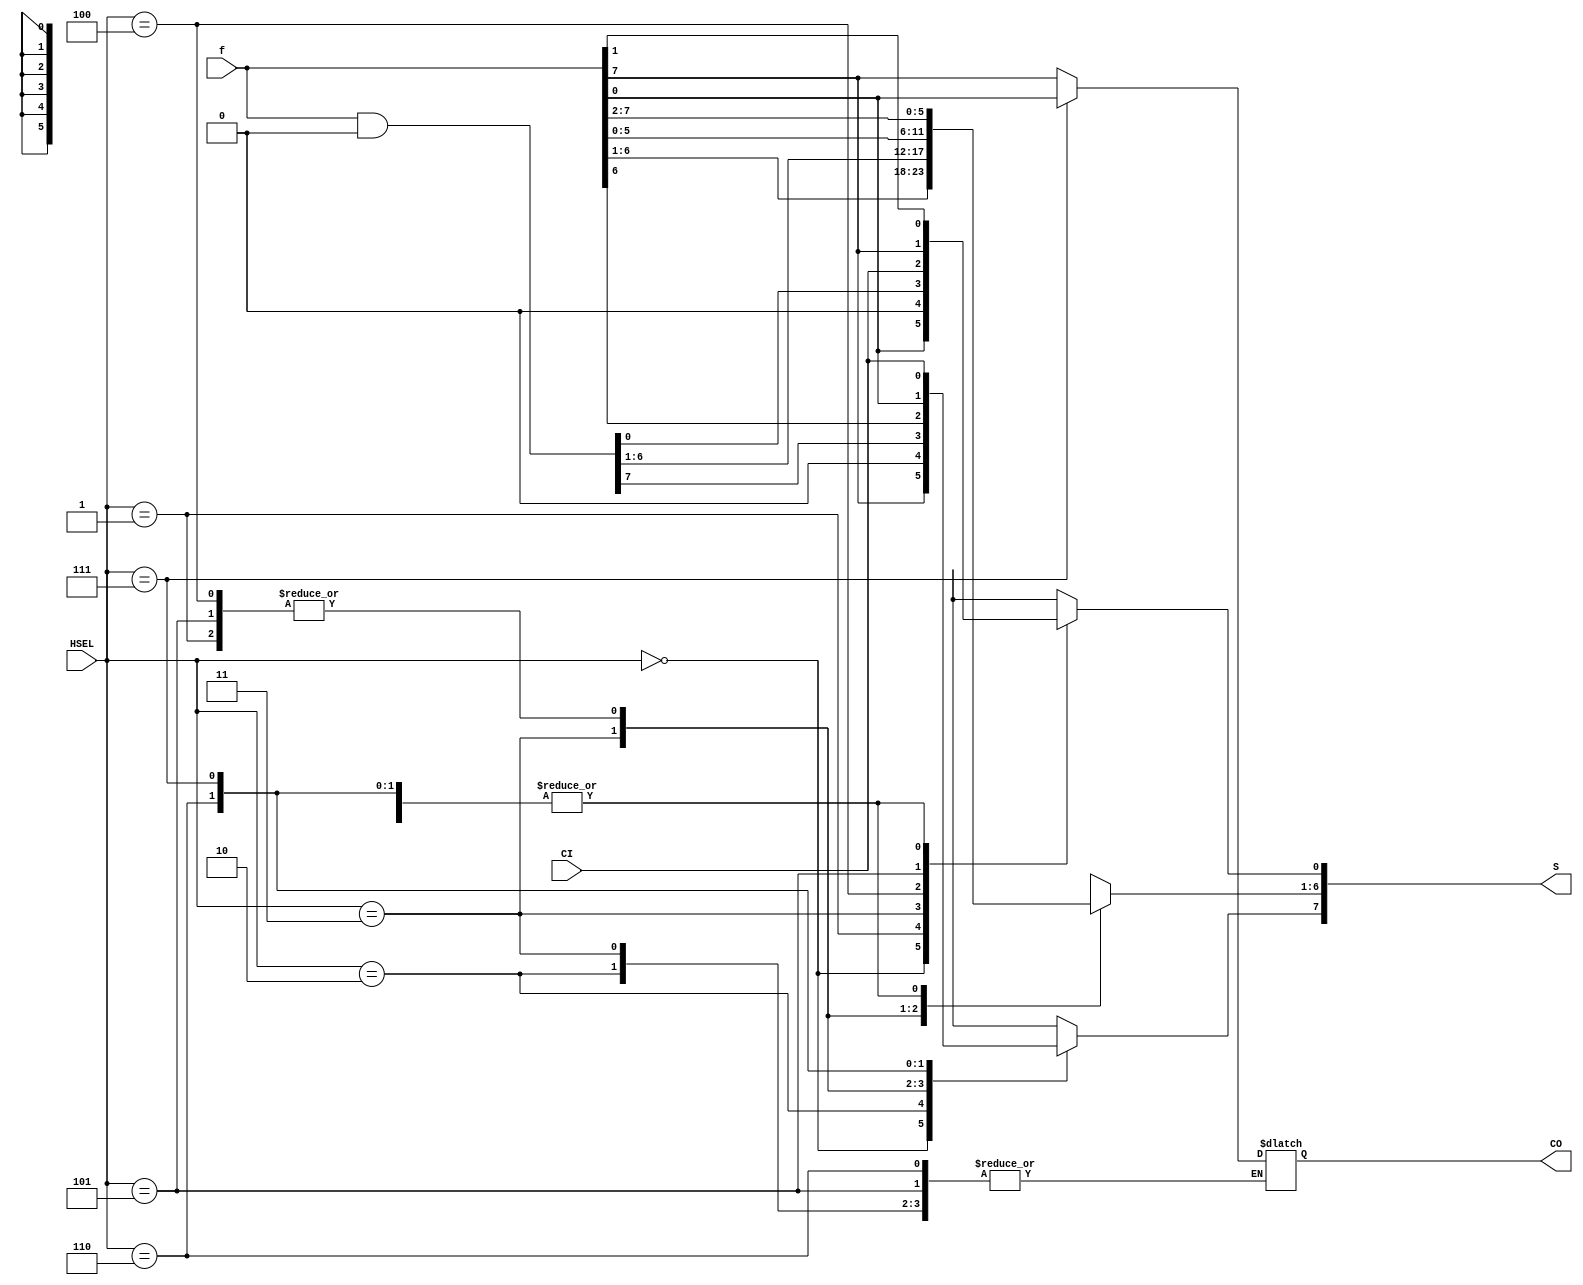
/*File          : SHIFTER.v 
--Group         : Group 8
--Programmers   : Mayur Hadole(7475783) & Rohit Bhardwaj (7639651)
--Version       : 1.0  (May 26 , 2017)
--Hardware used : Cyclone V (DE1 SoC)
--Software used : Quartus II 15 64 bit
--Description   : This program implements 8 bit SHIFTER on DE1 SoC board using Verilog

-- code is working and is tested on board
*/

module SHIFTER(f,HSEL,CI,S,CO);             // Module names and I/o pins are declared

input [7:0] f;                              // Input Bus F
input [2:0] HSEL;									  // Function Select (Input)
input CI;                                   // Carry In

output [7:0] S;								     // Shifter Output
output CO;                                  // Carry Out

reg [7:0] S;      
reg CO;
reg [7:0] shiftOutput;                      // 8 bit register to save the data of shiftOutput 
reg [7:0] save;                      // 8 bit register to save the data of shiftOutput 
reg [8:0] RCinput;                          // 9 bit register to save the data of RCinput
reg [8:0] RCoutput;                         // 9 bit register to save the data of RCoutput 
reg f0Temp;
reg MSBtemp;


always @(HSEL,f,CI)    // always block loop to execute over and over again

begin             // start of the code block which will be always executed
	case (HSEL)    // The case statement compares HSEL to a series of cases and
	               //	executes the statement associated with the first matching case
	   3'b000 : shiftOutput = f;  						//transfer A
		3'b001 : shiftOutput = f << 1;   				// shift left
		3'b010 : shiftOutput = f >> 1;   				// shift right
		3'b011 : shiftOutput = f & 8'b00000000;      // Make output zero
		3'b100 : begin											// Rotate left through carry
		             RCinput = {CI,f};               // concatinating CI and F. Result is 9 bits
						 RCoutput = RCinput << 1;        // shifting left by one bit (on 9 bit register)
						 RCoutput[0] = CI;					//Carry in is transfered in LSB of 9 bit register ( to get rotation)
						 shiftOutput = RCoutput[7:0];    // discarding MSB of 9 bit register to get total left rotation by one bit
						 CO = RCoutput[8];               // MSB is sent to carry
				   end
	  3'b101 : begin                               // rotate left without carry
                   MSBtemp = f[7];                //saving MSB of F because it will be discarded after shift left operation
						 shiftOutput = f << 1;          // shift left by 1 bit
						 shiftOutput[0] = MSBtemp;      //saved MSB is transferred to LSB of result to get rotate left operation
				  end
	  3'b110 : begin										  //rotate right without carry
                   f0Temp = f[0];                 //saving LSB of F because it will be discarded after shift right operation
						 shiftOutput = f >> 1;			  //shift right by 1 bit
						 shiftOutput[7] = f0Temp;		  //Saved LSB is transferred to MSB of result to get rotate right operation
				  end
				  
	  3'b111 : begin										  // Rotate right through carry
		             RCinput = {CI,f};              // concatinating CI and F. Result is 9 bits
						 f0Temp = RCinput[0];		     // LSB of 9 bit register is saved as it will be discarded 
						 RCoutput = RCinput >> 1;       // shifting right by one bit (on 9 bit register)
						 RCoutput[8] = f0Temp;          // saved LSB of 9 bit register is transferred to the MSB of same register
						 shiftOutput = RCoutput[7:0];   // discarding MSB of 9 bit register to get total left rotation by one bit
						 CO = f0Temp;						  // MSB is sent to carry
				  end
	endcase;
   S = shiftOutput;                           // sending output result to output line
end
endmodule